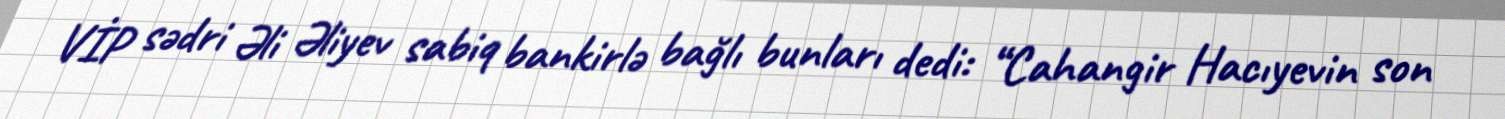
VİP sədri Əli Əliyev sabiq bankirlə bağlı bunları dedi: “Cahangir Hacıyevin son